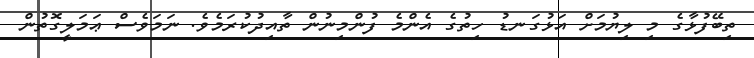
ތިބޭފުޅާގެ މި ލިޔުމަށް އަޅުގަނޑު ހިތުގެ އެންމެ ފުންމިނުން ތާއިދުކުރަމެވެ. ނަމަވެސް ޢަމަލީގޮތުން